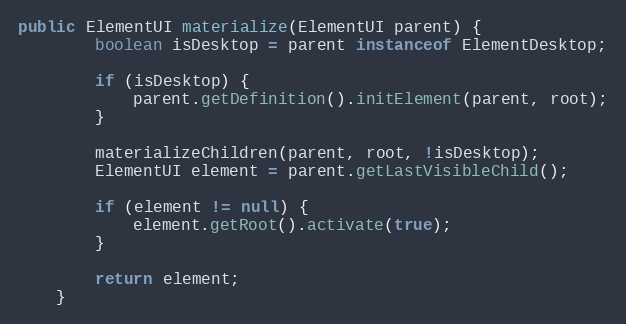
Language: Java
public ElementUI materialize(ElementUI parent) {
        boolean isDesktop = parent instanceof ElementDesktop;

        if (isDesktop) {
            parent.getDefinition().initElement(parent, root);
        }

        materializeChildren(parent, root, !isDesktop);
        ElementUI element = parent.getLastVisibleChild();

        if (element != null) {
            element.getRoot().activate(true);
        }

        return element;
    }